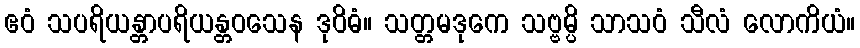
ဧဝံ သပရိယန္တာပရိယန္တဝသေန ဒုဝိဓံ။ သတ္တမဒုကေ သဗ္ဗမ္ပိ သာသဝံ သီလံ လောကိယံ။